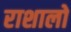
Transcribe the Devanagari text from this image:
राशालो